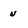
Character: u